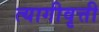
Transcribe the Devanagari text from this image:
त्यागीवृत्ती